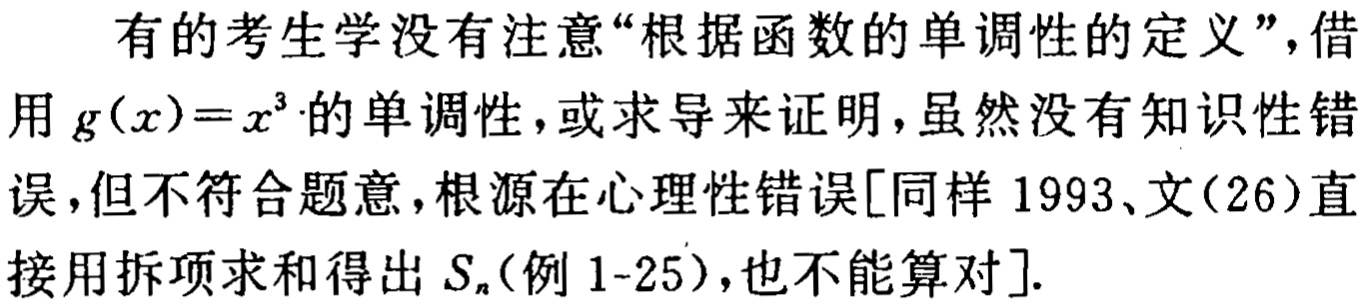
有的考生学没有注意“根据函数的单调性的定义”，借用 \(g(x)=x^{3}\) 的单调性，或求导来证明，虽然没有知识性错误，但不符合题意，根源在心理性错误[同样 1993、文(26)直接用拆项求和得出 \(S_{n}\)(例 1-25)，也不能算对].